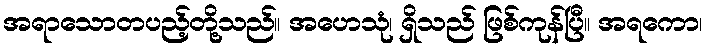
အရာသောတပည့်တို့သည်။ အဟေသုံ၊ ရှိသည် ဖြစ်ကုန်ပြီ။ အရကော၊